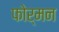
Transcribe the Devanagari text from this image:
फोर्मन